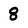
Character: 8